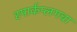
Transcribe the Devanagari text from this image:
स्पार्कप्लगचा